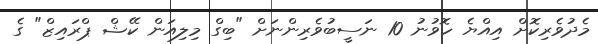
މެދުވެރިކޮށް އިއްޔެ ހޮވުނު 10 ނަސީބުވެރިންނަށް "ބިގް މިލިއަން ކޭޝް ޕްރައިޒް" ގެ